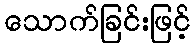
သောက်ခြင်းဖြင့်